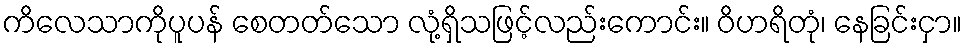
ကိလေသာကိုပူပန် စေတတ်သော လုံ့ရှိသဖြင့်လည်းကောင်း။ ဝိဟရိတုံ၊ နေခြင်းငှာ။